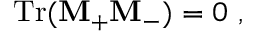
\mathrm { T r } ( { \bf M } _ { + } { \bf M } _ { - } ) = 0 \ ,